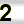
Digit: 2